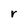
Character: r